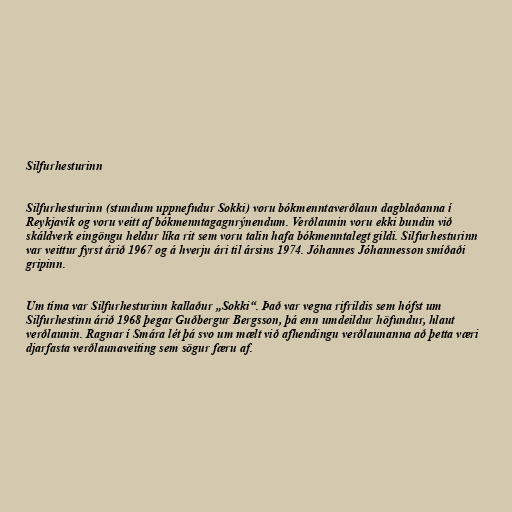
Silfurhesturinn

Silfurhesturinn (stundum uppnefndur Sokki) voru bókmenntaverðlaun dagblaðanna í
Reykjavík og voru veitt af bókmenntagagnrýnendum. Verðlaunin voru ekki bundin við
skáldverk eingöngu heldur líka rit sem voru talin hafa bókmenntalegt gildi. Silfurhesturinn
var veittur fyrst árið 1967 og á hverju ári til ársins 1974. Jóhannes Jóhannesson smíðaði
gripinn.

Um tíma var Silfurhesturinn kallaður „Sokki“. Það var vegna rifrildis sem hófst um
Silfurhestinn árið 1968 þegar Guðbergur Bergsson, þá enn umdeildur höfundur, hlaut
verðlaunin. Ragnar í Smára lét þá svo um mælt við afhendingu verðlaunanna að þetta væri
djarfasta verðlaunaveiting sem sögur færu af.